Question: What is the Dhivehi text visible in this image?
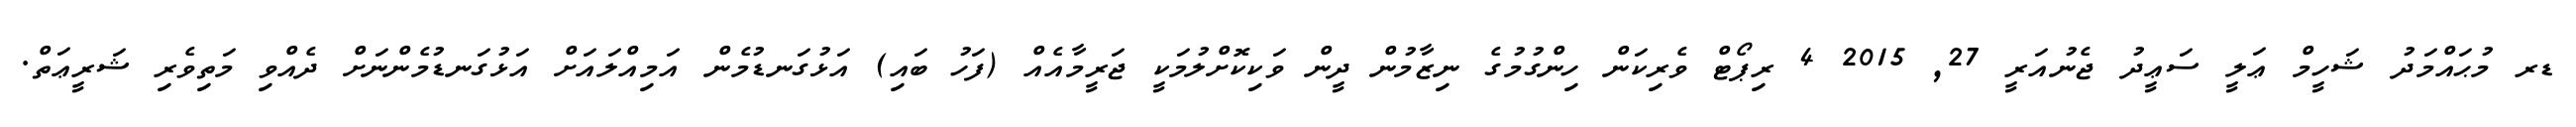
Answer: ޑރ މުޙައްމަދު ޝަހީމް ޢަލީ ސަޢީދު ޖެނުއަރީ 27, 2015 4 ރިޕޯޓް ވެރިކަން ހިންގުމުގެ ނިޒާމުން ދީން ވަކިކޮށްލުމަކީ ޖަރީމާއެއް (ފަހު ބައި) އަޅުގަނޑުމެން އަމިއްލައަށް އަޅުގަނޑުމެންނަށް ދެއްވި މަތިވެރި ޝަރީޢަތް.